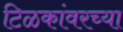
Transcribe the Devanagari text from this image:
टिळकांवरच्या